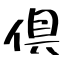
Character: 倶